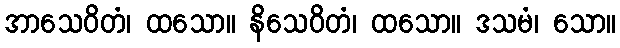
အာသေဝိတံ၊ ထသော။ နိသေဝိတံ၊ ထသော။ ဒသမံ၊ သော။